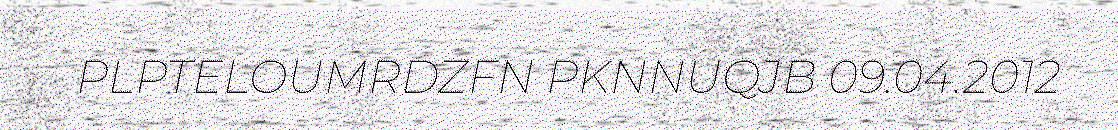
PLPTELOUMRDZFN PKNNUQJB 09.04.2012